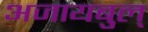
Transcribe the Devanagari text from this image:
अजायबुल्